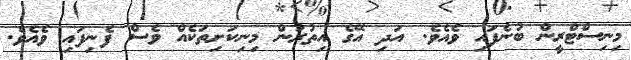
މިނިސްޓްރީން ބުނެފައި ވެއެވެ. އަދި އޭގެ އިތުރުން މިނިކަށިތަކެއް ވެސް ފެނިފައި ވެއެވެ.